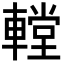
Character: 𨎋